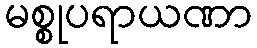
မစ္စုပရာယဏာ